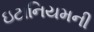
ઇટાનિયમની